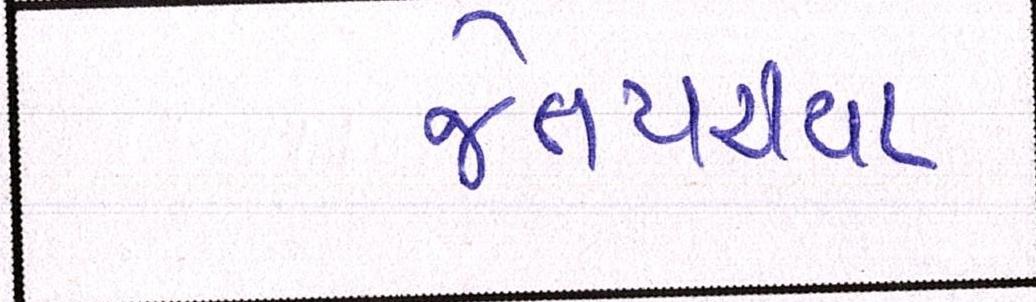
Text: જેતપરીયા